Laimjala_vallavalitsus, lk 15
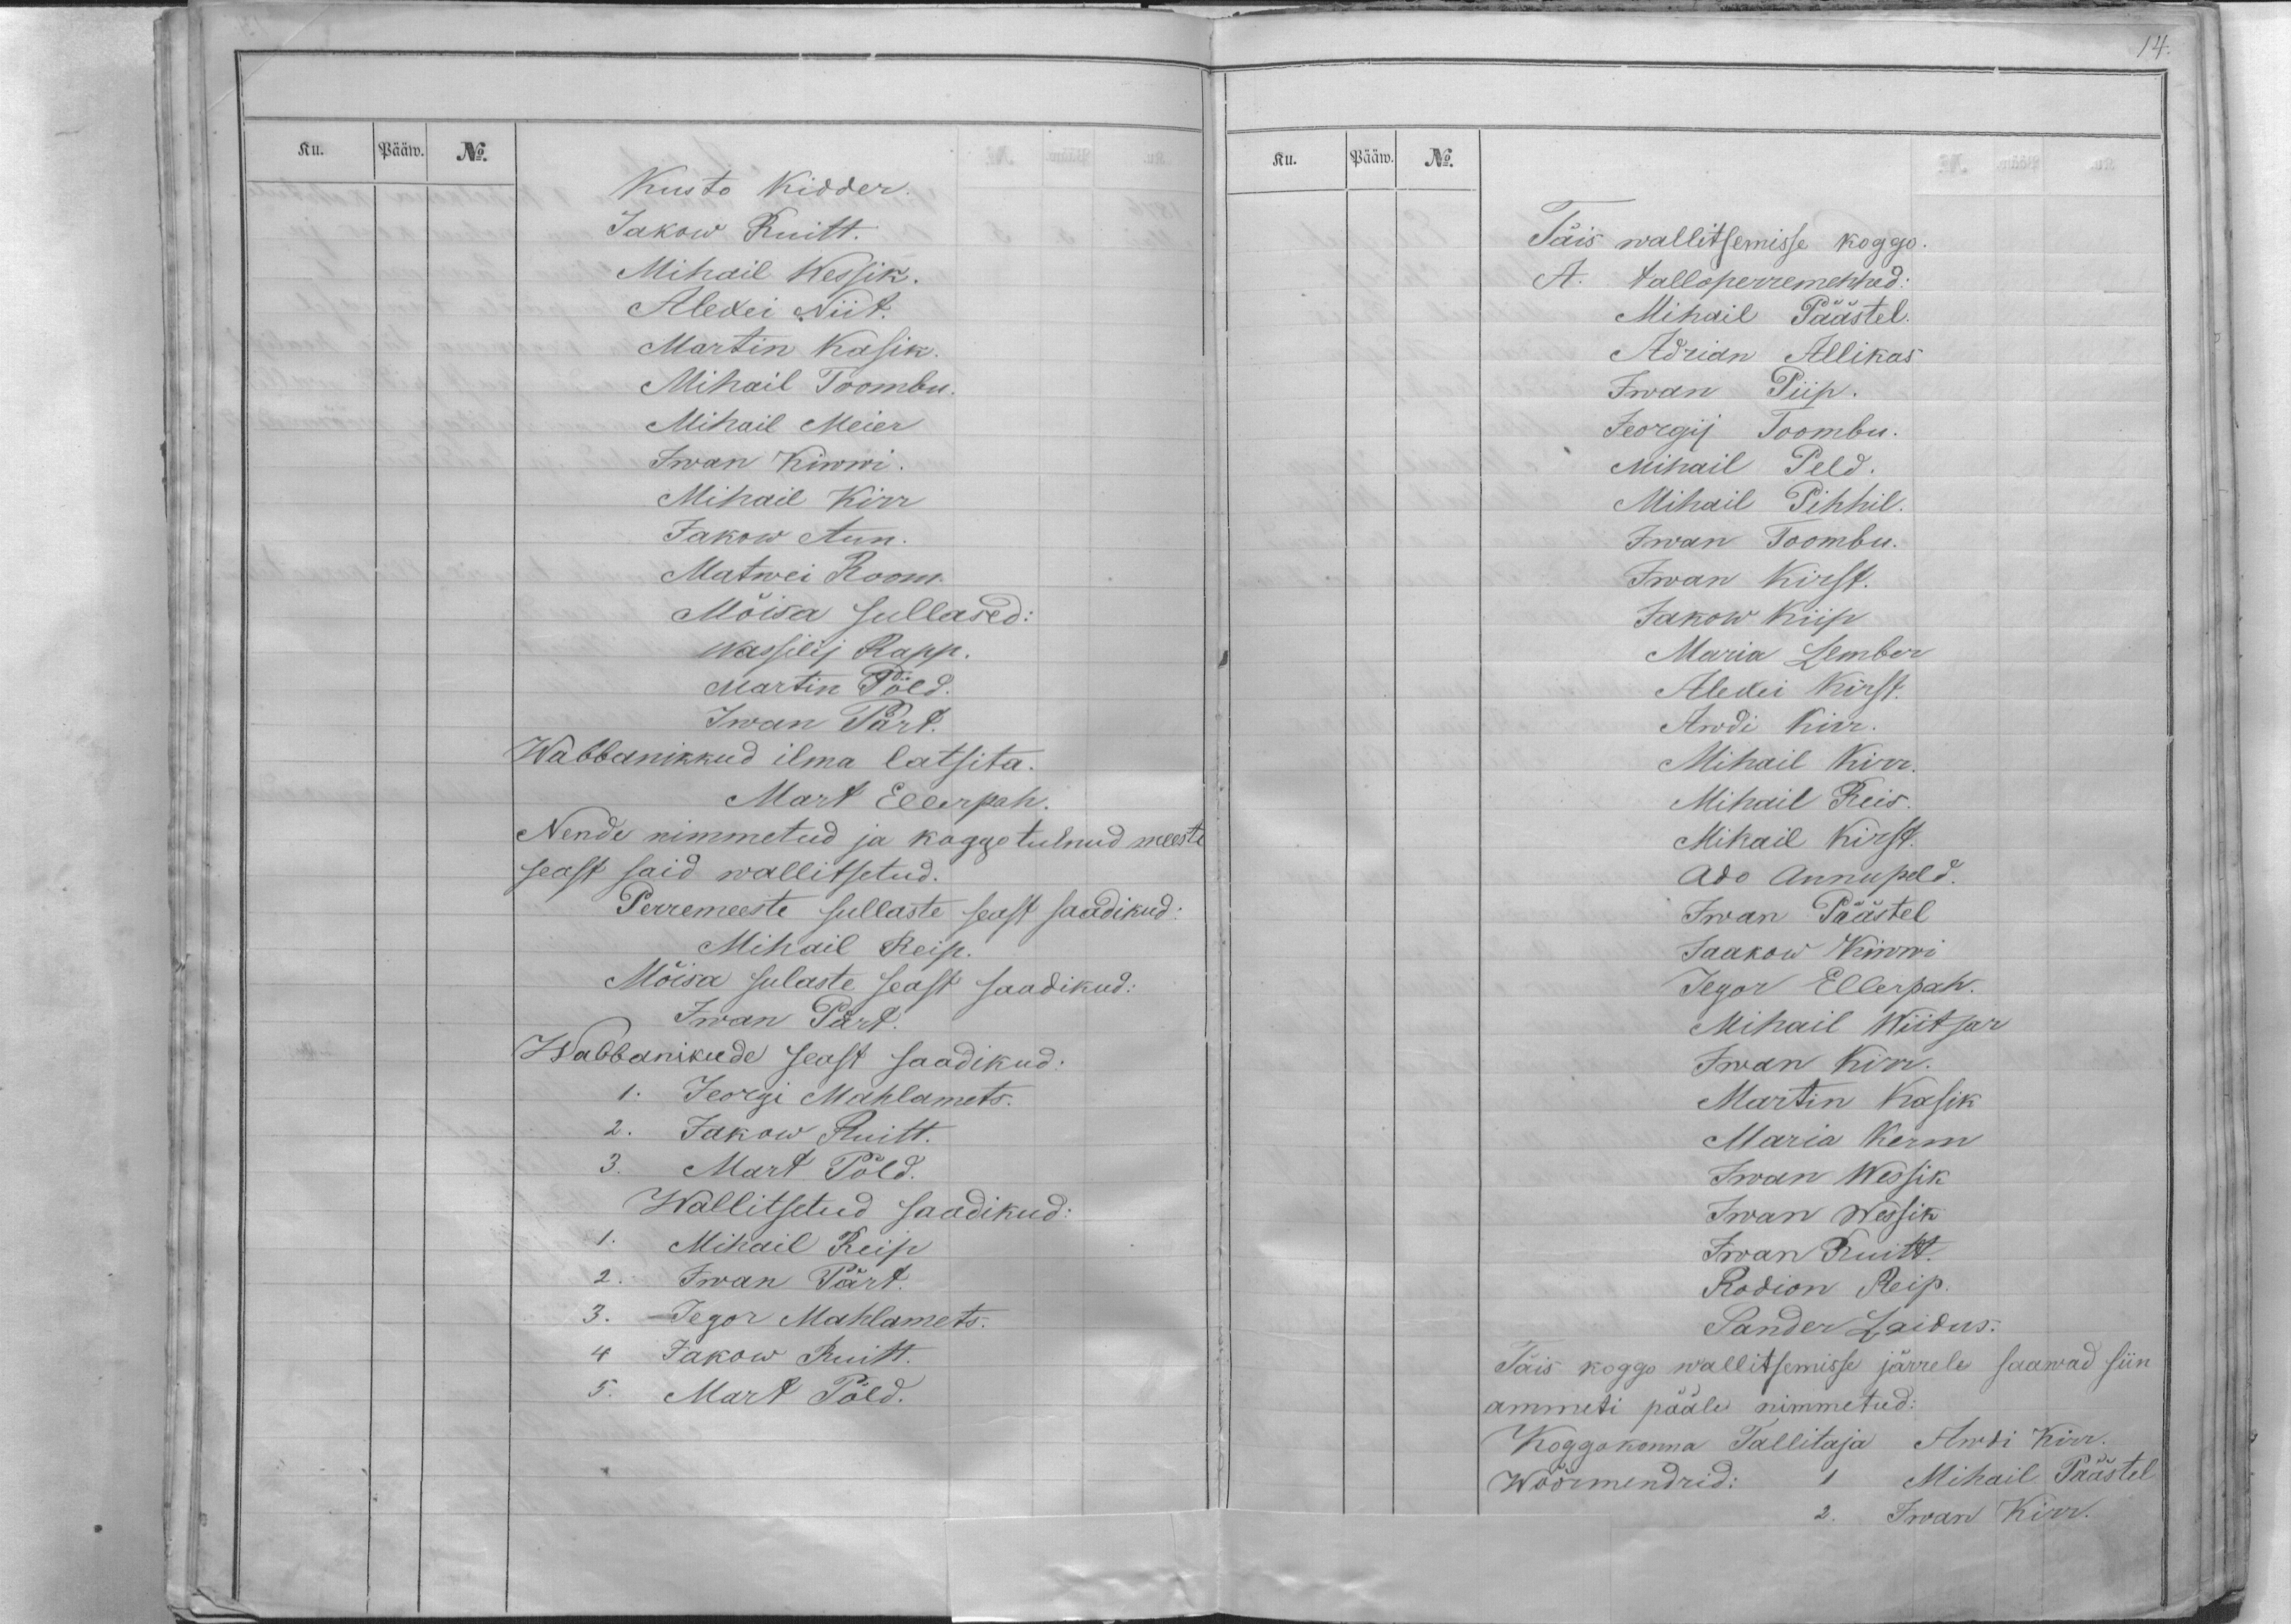
Ku.
Pääw.
No.
Kusto Kidder.
Jakow Ruitt.
Mihail Wessik.
Alexei Niit.
Martin Kasik.
Mihail Toombu.
Mihail Meier
Iwan Kiwwi.
Mihail Kirr
Jakow Aun.
Matwei Room.
Mõisa sullased:
Wassilij Rapp.
Martin Pöld.
Iwan Pärt.
Wabbanikkud ilma latsita.
Mart Ellerpah.
Nende nimmetud ja koggo tulnud meeste
seast said wallitsetud.
Perremeeste sullaste seast saadikud:
Mihail Reip.
Mõisa sulaste seast saadikud:
Iwan Pärt.
Wabbanikude seast saadikud:
1. Jeorgi Mahlamets.
2. Jakow Ruitt.
3. Mart Põld.
Wallitsetud saadikud:
1. Mihail Reip
2. Iwan Pärt.
3. Jegor Mahlamets.
4 Jakow Ruitt.
5. Mart Põld.

Ku.
Pääw.
No.
Täis wallitsemisse koggo.
A. talloperremehhed:
Mihail Päästel.
Adrian Allikas
Iwan Piip.
Jeorgij Toombu.
Mihail Peld.
Mihail Pihhil.
Iwan Toombu.
Iwan Kirst.
Jakow Kiip
Maria Lember
Alexei Kirst
Awdi Kirr.
Mihail Kirr.
Mihail Reis.
Mihail Kirst.
Ado Annupeld.
Iwan Päästel
Jaakow Kiwwi
Jegor Ellerpah.
Mihail Wiitsar
Iwan Kirr.
Martin Kasik
Maria Kerm
Iwan Wessik
Iwan Wessik
Iwan Ruitt.
Rodion Reip.
Sander Laidus.
Täis koggo wallitsemisse järrele saawad siin
ammeti pääle nimmetud:
Koggokonna Tallitaja Awdi Kirr.
Wöörmendrid: 1 Mihail Päästel
2. Iwan Kirr.